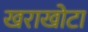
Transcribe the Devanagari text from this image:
खराखोटा